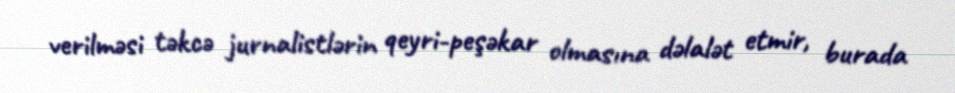
verilməsi təkcə jurnalistlərin qeyri-peşəkar olmasına dəlalət etmir, burada